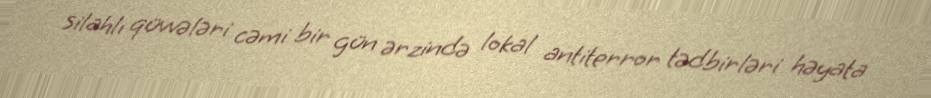
silahlı qüvvələri cəmi bir gün ərzində lokal antiterror tədbirləri həyata